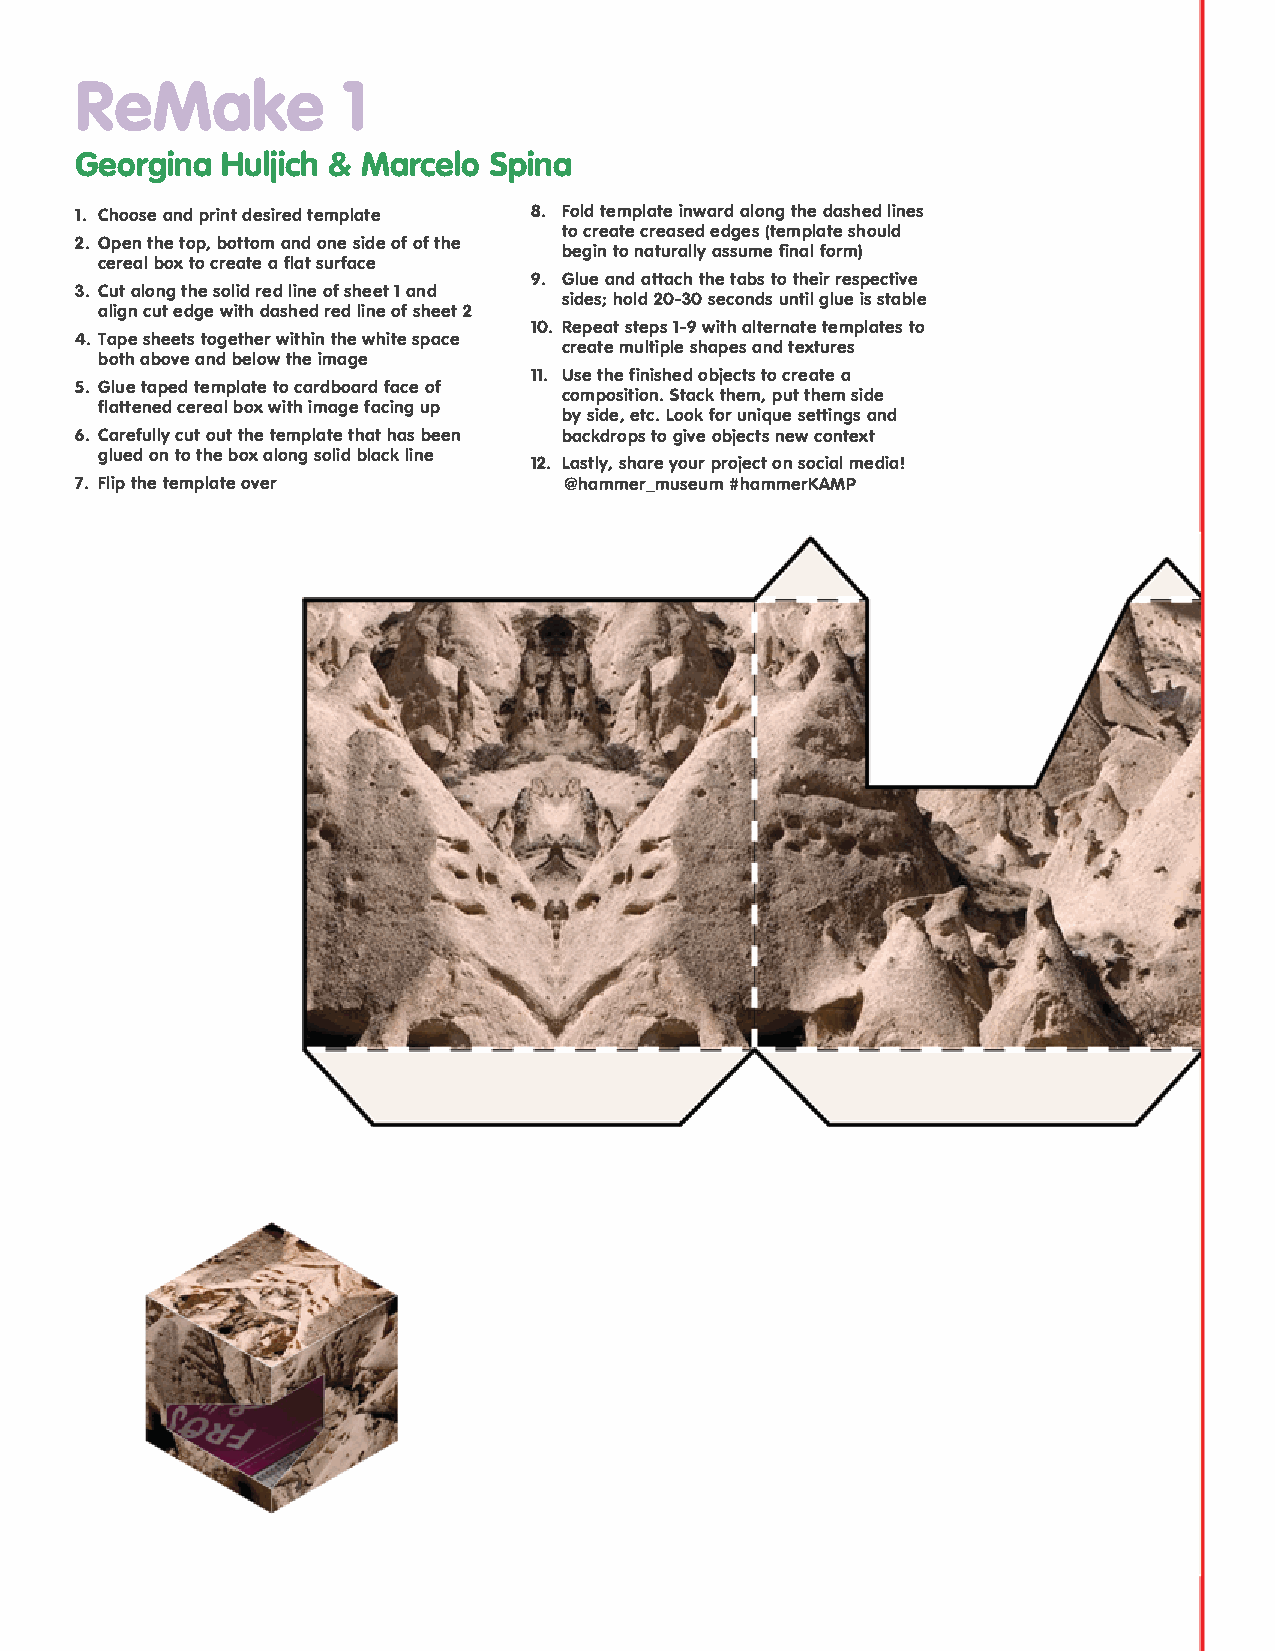
ReMake            1
 Georgina  Huljich & Marcelo Spina
 1. Choose and print desired template 8. Fold template inward along the dashed lines
 to create creased edges (template should
 2. Open the top, bottom and one side of of the
 begin to naturally assume final form)
 cereal box to create a flat surface
 9. Glue and attach the tabs to their respective
 3. Cut along the solid red line of sheet 1 and
 sides; hold 20-30 seconds until glue is stable
 align cut edge with dashed red line of sheet 2
 10. Repeat steps 1-9 with alternate templates to
 4. Tape sheets together within the white space
 create multiple shapes and textures
 both above and below the image
 11. Use the finished objects to create a
 5. Glue taped template to cardboard face of
 composition. Stack them, put them side
 flattened cereal box with image facing up
 by side, etc. Look for unique settings and
 6. Carefully cut out the template that has been backdrops to give objects new context
 glued on to the box along solid black line
 12. Lastly, share your project on social media!
 7. Flip the template over       @hammer_museum #hammerKAMP